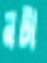
নটা